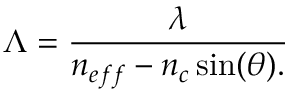
\Lambda = \frac { \lambda } { n _ { e f f } - n _ { c } \sin ( \theta ) . }